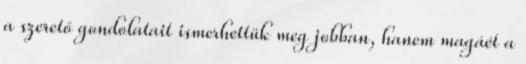
a szerető gondolatait ismerhettük meg jobban, hanem magáét a